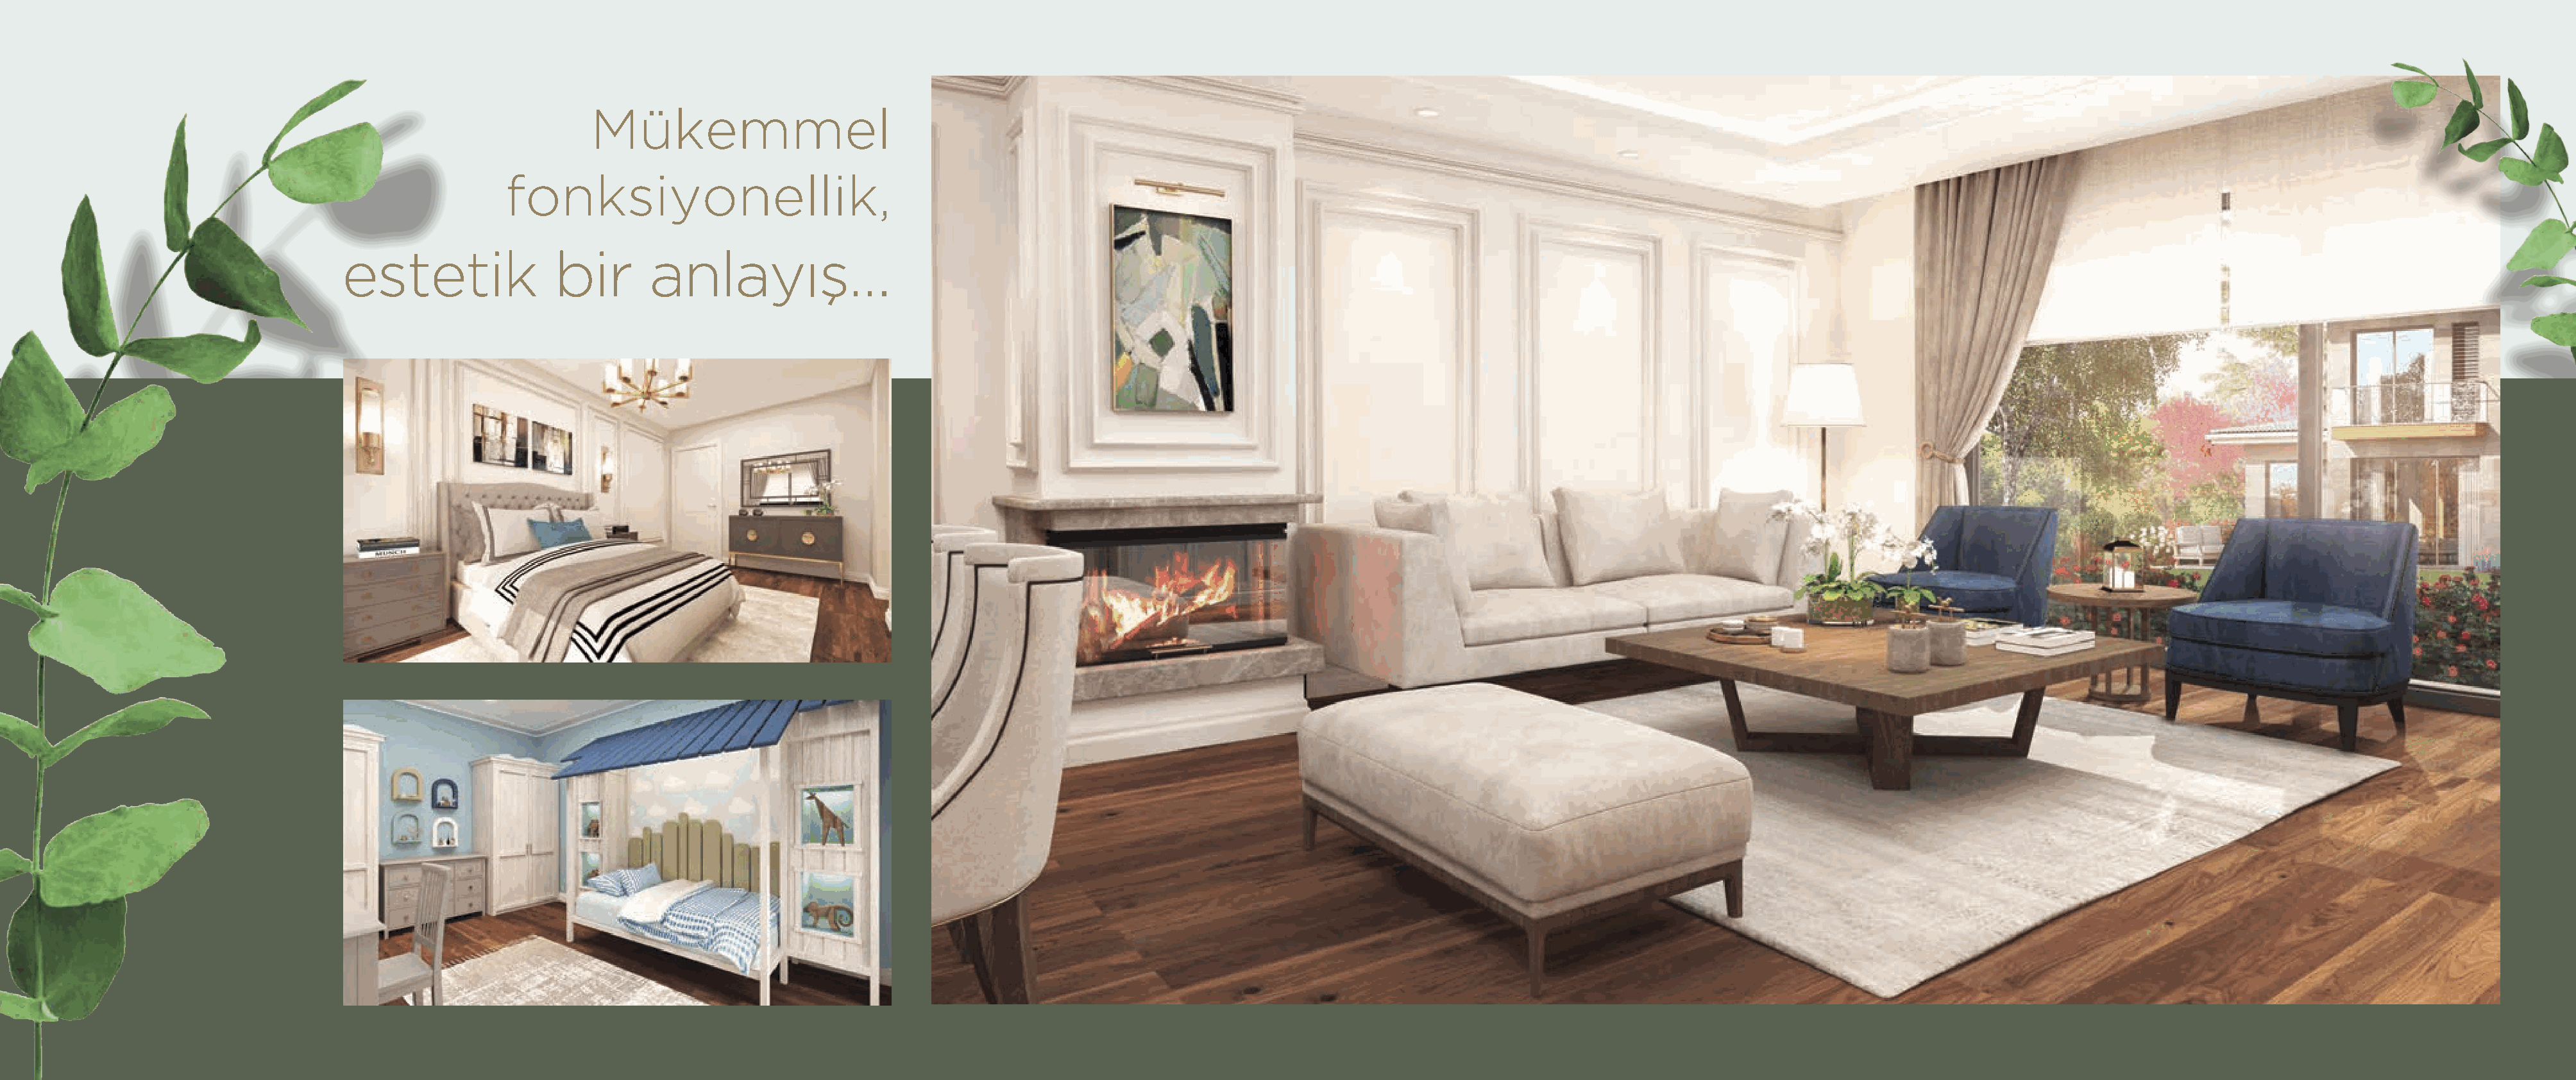
Mükemmel
 fonksiyonellik,
 estetik               bir       anlayış…